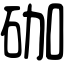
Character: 𥑆